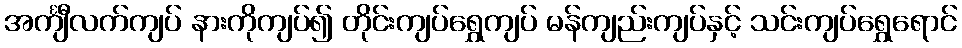
အင်္ကျီလက်ကျပ် နားကိုကျပ်၍ တိုင်းကျပ်ရွှေကျပ် မန်ကျည်းကျပ်နှင့် သင်းကျပ်ရွှေရောင်